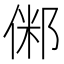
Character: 𠋇